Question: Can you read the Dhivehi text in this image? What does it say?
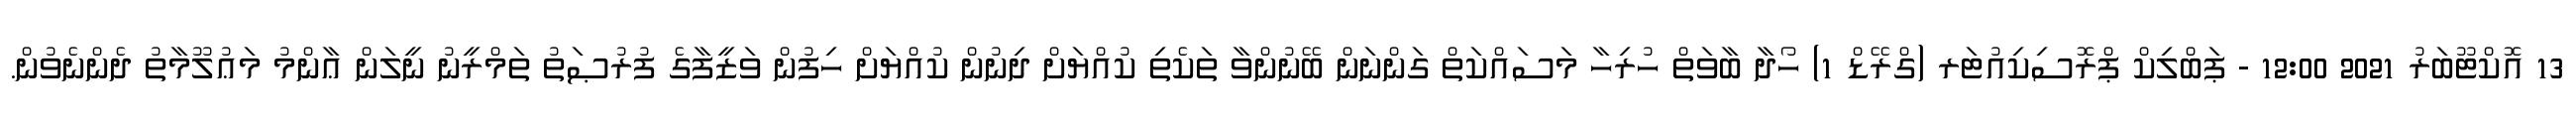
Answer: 13 އޮކްޓޫބަރު 2021 12:00 - ޕަބްލިކް ޕްރޮސިކިއުޓަރ (ގްރޭޑް 1) ހޯދާ ބާވަތް ހުރިހާ މަސައްކަތް ގަންނަން ބޭނުންވާ ތަކެތި ކުއްޔަށް ދިނުން ކުއްޔަށް ހިފުން ވަޒީފާގެ ފުރުޞަތު ތަމްރީނު ނީލަން ޢާންމު މަޢުލޫމާތު ދެންނެވުން.